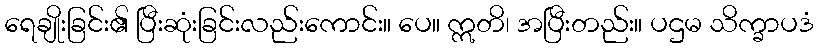
ရေချိုးခြင်း၏ ပြီးဆုံးခြင်းလည်းကောင်း။ ပေ။ ဣတိ၊ အပြီးတည်း။ ပဌမ သိက္ခာပဒံ